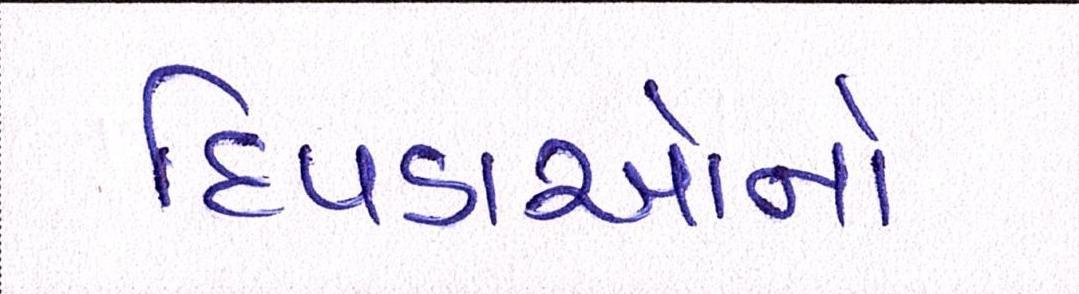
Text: દિપડાઓનો